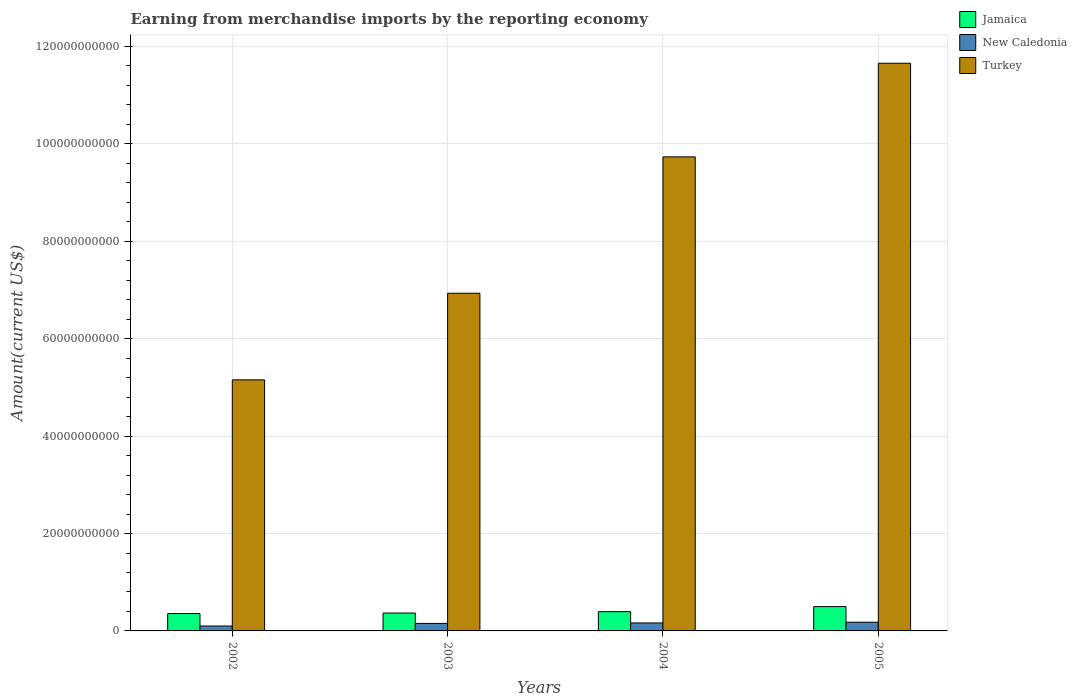
| Years | Jamaica | New Caledonia | Turkey |
 | --- | --- | --- | --- |
 | 2002 | 3.57e+09 | 1.01e+09 | 5.16e+10 |
 | 2003 | 3.67e+09 | 1.54e+09 | 6.93e+10 |
 | 2004 | 3.95e+09 | 1.64e+09 | 9.73e+10 |
 | 2005 | 4.99e+09 | 1.79e+09 | 1.17e+11 |